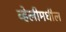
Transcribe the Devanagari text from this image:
व्हेलीमधील